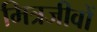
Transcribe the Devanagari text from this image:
मित्रजीवों